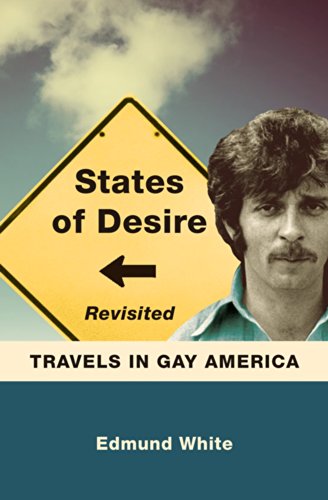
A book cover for States of Desire Revisited: Travels in Gay America; Edmund White; Gay & Lesbian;